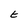
Character: t